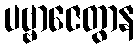
ပဗ္ဗာဇေတွာန